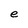
Character: e